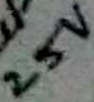
Text: 2.5V